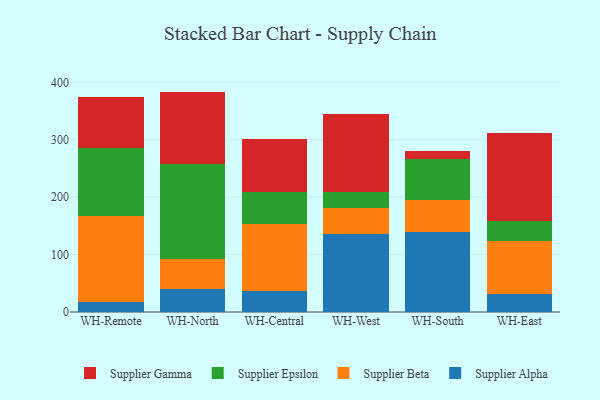
{"axis": {"x": "Warehouse", "y": "Gross Profit (USD K)"}, "legend": ["Supplier Alpha", "Supplier Beta", "Supplier Epsilon", "Supplier Gamma"], "data": [{"x": "WH-Remote", "y": 18.0, "type": "Supplier Alpha"}, {"x": "WH-Remote", "y": 149.0, "type": "Supplier Beta"}, {"x": "WH-Remote", "y": 119.2, "type": "Supplier Epsilon"}, {"x": "WH-Remote", "y": 88.2, "type": "Supplier Gamma"}, {"x": "WH-North", "y": 40.3, "type": "Supplier Alpha"}, {"x": "WH-North", "y": 52.2, "type": "Supplier Beta"}, {"x": "WH-North", "y": 165.4, "type": "Supplier Epsilon"}, {"x": "WH-North", "y": 125.9, "type": "Supplier Gamma"}, {"x": "WH-Central", "y": 37.1, "type": "Supplier Alpha"}, {"x": "WH-Central", "y": 115.5, "type": "Supplier Beta"}, {"x": "WH-Central", "y": 56.8, "type": "Supplier Epsilon"}, {"x": "WH-Central", "y": 91.9, "type": "Supplier Gamma"}, {"x": "WH-West", "y": 135.2, "type": "Supplier Alpha"}, {"x": "WH-West", "y": 46.6, "type": "Supplier Beta"}, {"x": "WH-West", "y": 27.8, "type": "Supplier Epsilon"}, {"x": "WH-West", "y": 136.0, "type": "Supplier Gamma"}, {"x": "WH-South", "y": 138.7, "type": "Supplier Alpha"}, {"x": "WH-South", "y": 57.0, "type": "Supplier Beta"}, {"x": "WH-South", "y": 71.3, "type": "Supplier Epsilon"}, {"x": "WH-South", "y": 13.2, "type": "Supplier Gamma"}, {"x": "WH-East", "y": 31.9, "type": "Supplier Alpha"}, {"x": "WH-East", "y": 91.5, "type": "Supplier Beta"}, {"x": "WH-East", "y": 35.1, "type": "Supplier Epsilon"}, {"x": "WH-East", "y": 152.5, "type": "Supplier Gamma"}]}